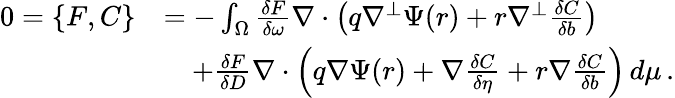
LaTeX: \begin{array}{rl}{0=\{ F,C\} }&{=-\int_{\Omega}\frac{\delta F}{\delta\omega}\nabla\cdot\left(q\nabla^{\perp}\Psi(r)+r\nabla^{\perp}\frac{\delta C}{\delta b}\right)}\\ &{\quad+\frac{\delta F}{\delta D}\nabla\cdot\left(q\nabla\Psi(r)+\nabla\frac{\delta C}{\delta\eta}+r\nabla\frac{\delta C}{\delta b}\right)\, d\mu\, .}\end{array}